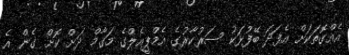
އެއްގޮތަކަށް އެފަދަ ބޭފުޅަކު ސަރުކާރުގެ އެމްޕީއެލްގެ މަގާމް ދަށް ކޮށް ގެން އެ